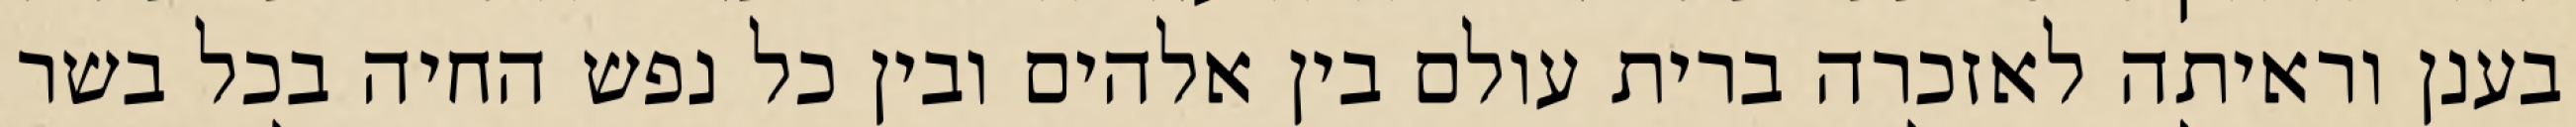
בענן וראיתה לאזכרה ברית עולם בין אלהים ובין כל נפש החיה בכל בשר